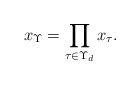
LaTeX: \begin{align*}x_\Upsilon=\prod_{\tau \in \Upsilon_d}x_\tau.\end{align*}